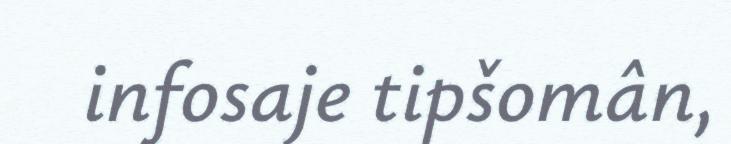
infosaje tipšomân,